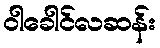
ဝါခေါင်လဆန်း